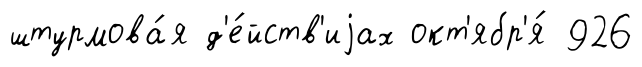
штурмова́я д'е́йств'иjах окт'ябр'я́ 926